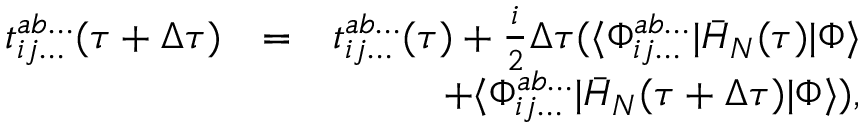
\begin{array} { r l r } { t _ { i j \dots } ^ { a b \dots } ( \tau + \Delta \tau ) } & { = } & { t _ { i j \dots } ^ { a b \dots } ( \tau ) + \frac { i } { 2 } \Delta \tau ( \langle \Phi _ { i j \dots } ^ { a b \dots } | \bar { H } _ { N } ( \tau ) | \Phi \rangle } \\ & { } & { + \langle \Phi _ { i j \dots } ^ { a b \dots } | \bar { H } _ { N } ( \tau + \Delta \tau ) | \Phi \rangle ) , } \end{array}